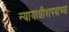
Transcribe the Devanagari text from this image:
न्यायाधीशपदाच्या